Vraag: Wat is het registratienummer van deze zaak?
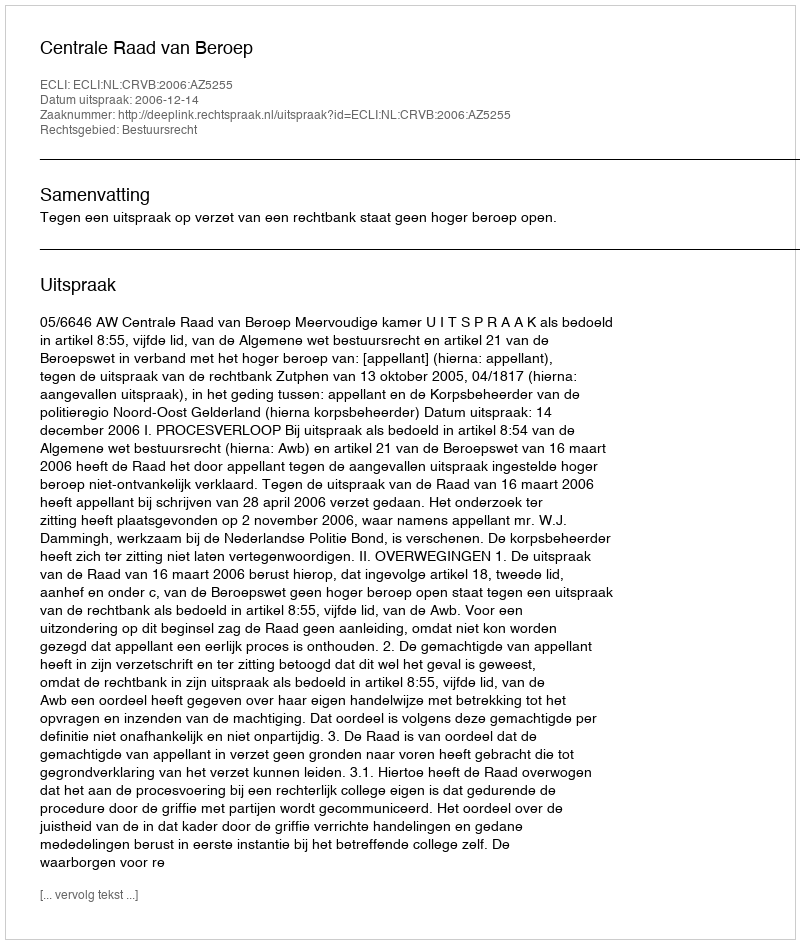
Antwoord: http://deeplink.rechtspraak.nl/uitspraak?id=ECLI:NL:CRVB:2006:AZ5255